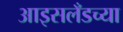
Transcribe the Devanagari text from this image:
आइसलँडच्या